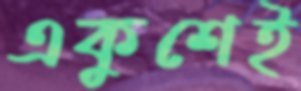
একুশেই